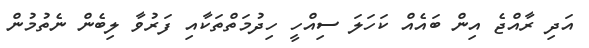
އަދި ރާއްޖެ އިން ބައެއް ކަހަލަ ސިއްހީ ހިދުމަތްތަކާއި ފަރުވާ ލިބެން ނެތުމުން